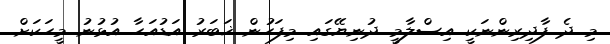
މި ދެ ފާދިރިންނަކީ އިސްލާމީ ދުނިޔޭގައި މިފަހުން ޚަބަރު އަޑުއަހާ އުޅުނު މީހަކަށް